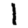
Digit: 1